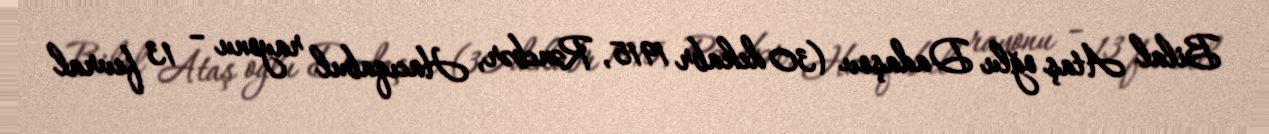
Bilal Ataş oğlu Dadaşov (30 dekabr 1915, Rəncbər, Hacıqabul rayonu – 13 fevral